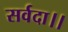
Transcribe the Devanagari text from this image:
सर्वदा।।